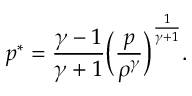
p ^ { * } = \frac { \gamma - 1 } { \gamma + 1 } \bigg ( \frac { p } { \rho ^ { \gamma } } \bigg ) ^ { \frac { 1 } { \gamma + 1 } } .